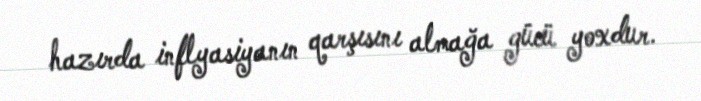
hazırda inflyasiyanın qarşısını almağa gücü yoxdur.